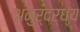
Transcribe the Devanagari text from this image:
अनुर्दर्ध्य